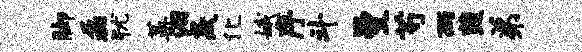
脚磊犹蒿汨焱化娥序斗曼芍雨蔬弟